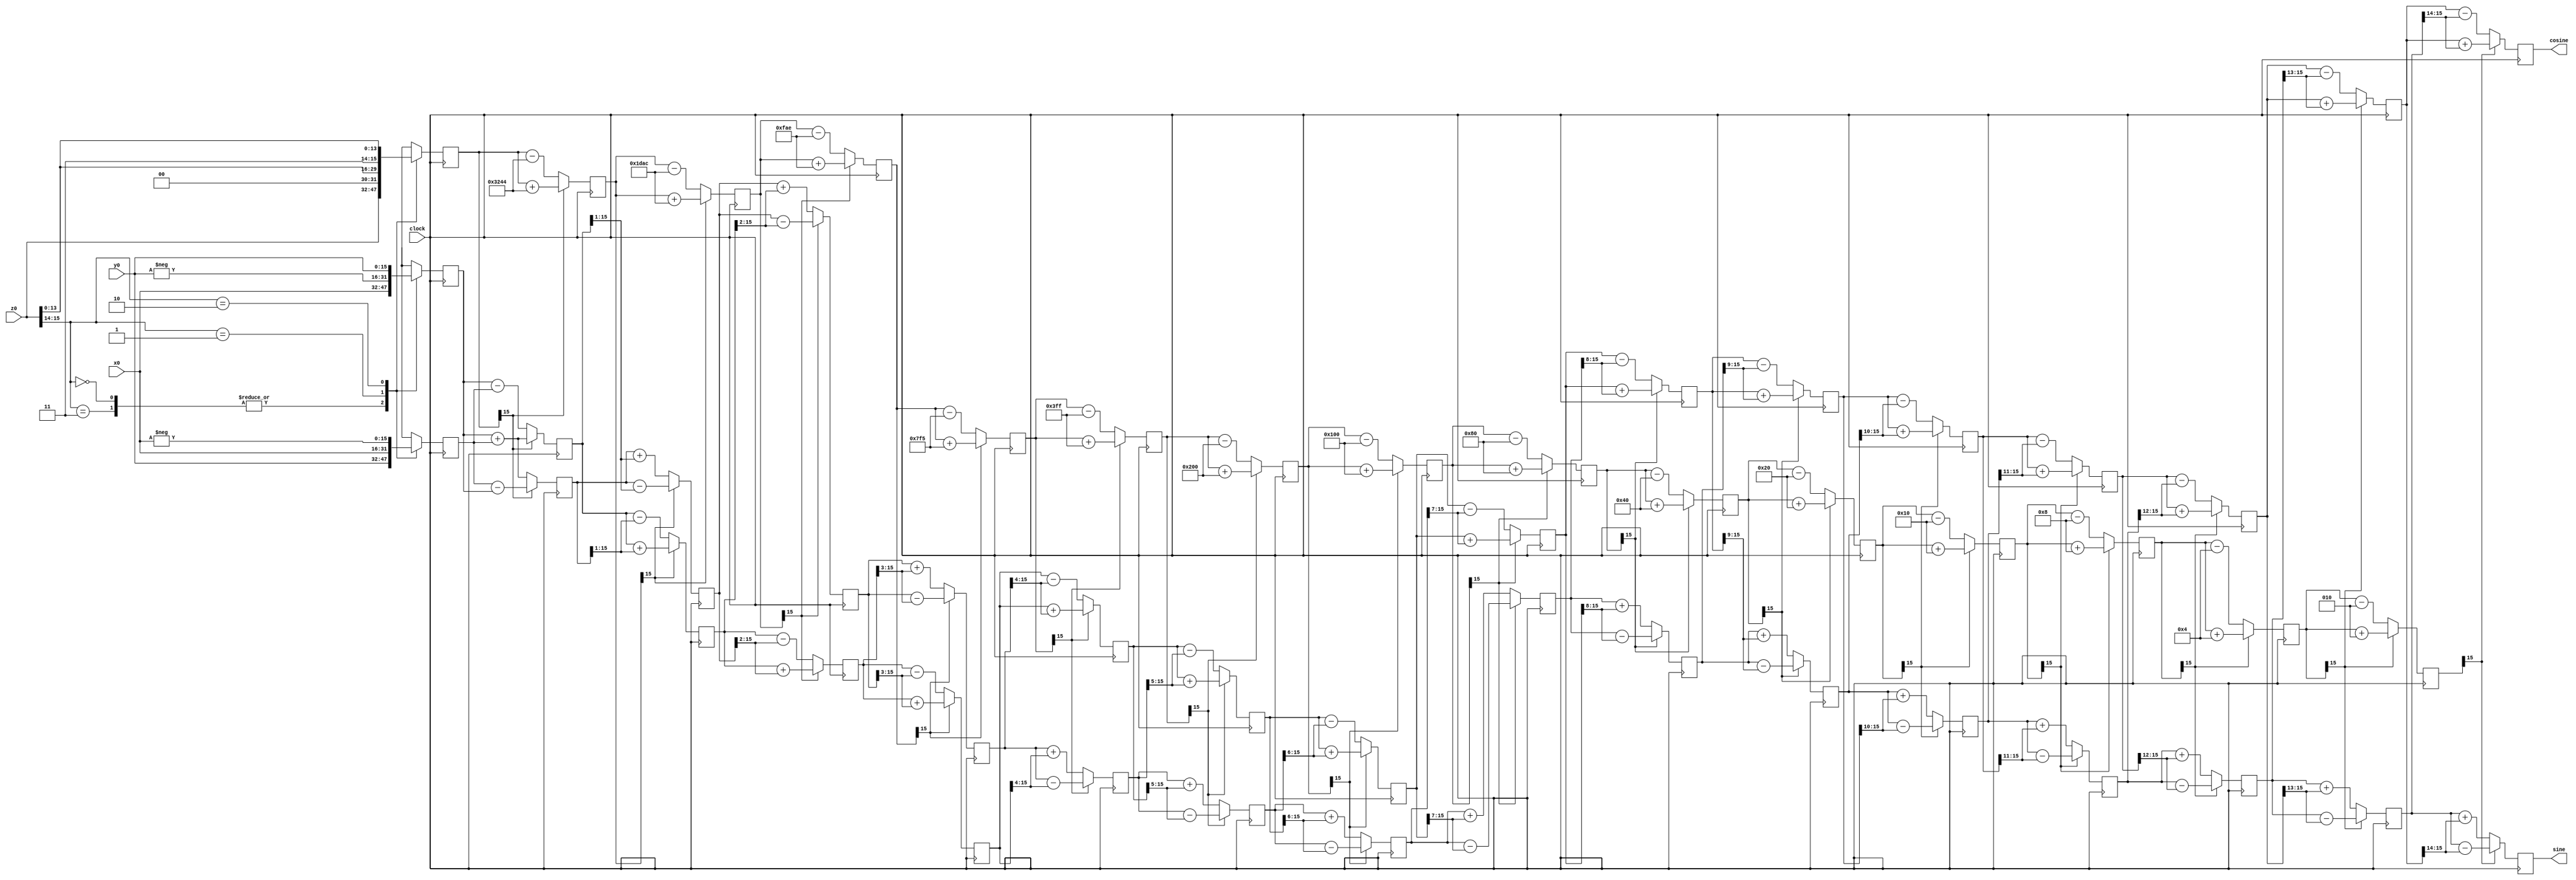
//CORDIC implementation for sine and cosine for Final Project 


module CORDIC(clock, cosine, sine, x0, y0, z0);

  // Inputs
  input clock;
  input signed [15:0] x0,y0; 
  input signed [15:0] z0;

  // Outputs
  output signed  [15:0] sine, cosine;

  // Generate table of atan values
  wire signed [15:0] ROM [0:15];
                          
  assign ROM[00] = 'b0011001001000100; // 45.000 degrees -> atan(2^0)
  assign ROM[01] = 'b0001110110101100; // 26.565 degrees -> atan(2^-1)
  assign ROM[02] = 'b0000111110101110; // 14.036 degrees -> atan(2^-2)
  assign ROM[03] = 'b0000011111110101; // atan(2^-3)
  assign ROM[04] = 'b0000001111111111;
  assign ROM[05] = 'b0000001000000000;
  assign ROM[06] = 'b0000000100000000;
  assign ROM[07] = 'b0000000010000000;
  assign ROM[08] = 'b0000000001000000;
  assign ROM[09] = 'b0000000000100000;
  assign ROM[10] = 'b0000000000010000;
  assign ROM[11] = 'b0000000000001000;
  assign ROM[12] = 'b0000000000000100;
  assign ROM[13] = 'b0000000000000010;
  assign ROM[14] = 'b0000000000000001;
  assign ROM[15] = 'b0000000000000000;


  reg signed [15:0] x [0:15];
  reg signed [15:0] y [0:15];
  reg signed [15:0] z [0:15];


  // make sure rotation z0 is in -pi/2 to pi/2 range
  wire [1:0] quadrant;
  assign quadrant = z0[15:14];

  always @(posedge clock)
  begin // make sure the rotation z0 is in the -pi/2 to pi/2 range
    case(quadrant)
      2'b00,
      2'b11: // no changes needed for these quadrants
      begin
        x[0] <= x0;
        y[0] <= y0;
        z[0] <= z0;
      end

      2'b01:
      begin
        x[0] <= -y0;
        y[0] <= x0;
        z[0] <= {2'b00,z0[13:0]}; // subtract pi/2 for z0 in this quadrant
      end

      2'b10:
      begin
        x[0] <= y0;
        y[0] <= -x0;
        z[0] <= {2'b11,z0[13:0]}; // add pi/2 to z0s in this quadrant
      end
    endcase
  end


  // run through iterations
  genvar i;

  generate
  for (i = 0; i < 15; i = i+1)
  begin: xyz
    wire z_sign;
    wire signed [15:0] x_shr, y_shr;

    assign x_shr = x[i] >>> i; // signed shift right
    assign y_shr = y[i] >>> i;

    //the sign of the current rotation z0
    assign z_sign = z[i][15];

    always @(posedge clock)
    begin
      // add/subtract shifted data
      x[i+1] <= z_sign ? x[i] + y_shr : x[i] - y_shr;
      y[i+1] <= z_sign ? y[i] - x_shr : y[i] + x_shr;
      z[i+1] <= z_sign ? z[i] + ROM[i] : z[i] - ROM[i];
    end
  end
  endgenerate

  // assign output
  assign cosine = x[15];
  assign sine = y[15];

endmodule